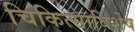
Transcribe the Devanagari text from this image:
चिकित्साविशेष